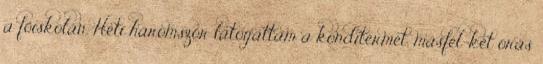
a főiskolán. Heti háromszor látogattam a konditermet, másfél-két órás